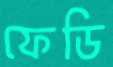
ফেডি